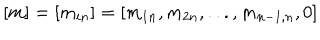
[ m ] = [ m _ { i n } ] = [ m _ { 1 n } , m _ { 2 n } , . . . , m _ { { n - 1 } , n } , 0 ]